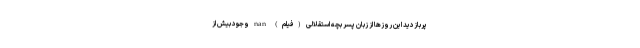
پربازدید این روزها از زبان پسر بچه استقلالی (فیلم) nan وجود بیش از